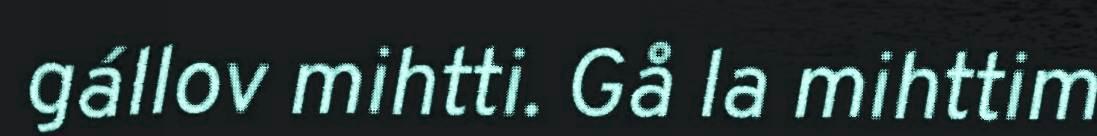
gállov mihtti. Gå la mihttim